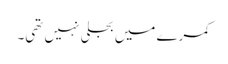
کمرے میں بجلی نہیں تھی۔